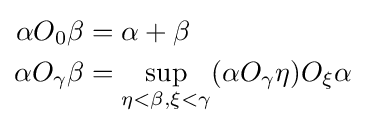
{\begin{aligned}\alpha O_{0}\beta &=\alpha +\beta \\\alpha O_{\gamma }\beta &=\sup \limits _{\eta <\beta ,\xi <\gamma }(\alpha O_{\gamma }\eta )O_{\xi }\alpha \end{aligned}}